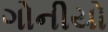
ગોનીયો